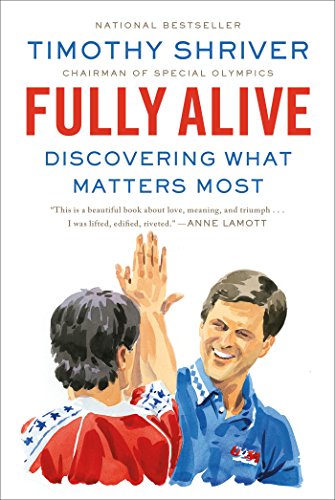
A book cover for Fully Alive: Discovering What Matters Most; Timothy Shriver; Biographies & Memoirs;